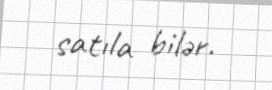
satıla bilər.